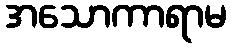
အသောကာရာမ